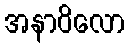
အနာဝိလော